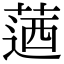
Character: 𦶅